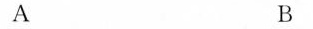
A B